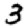
Digit: 3